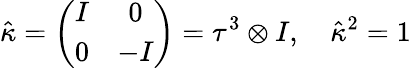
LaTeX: \hat{\kappa}=\left(\begin{array}{cc}{{I}}&{{0}}\\ {{0}}&{{-I}}\end{array}\right)=\tau^{3}\otimes I,\quad\hat{\kappa}{}^{2}=1